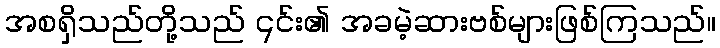
အစရှိသည်တို့သည် ၎င်း၏ အခမဲ့ဆားဗစ်များဖြစ်ကြသည်။